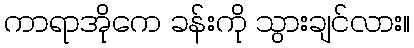
ကာရာအိုကေ ခန်းကို သွားချင်လား။